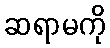
ဆရာမကို